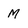
Character: M